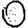
Digit: 0